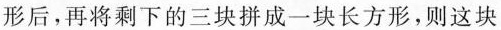
形后，再将剩下的三块拼成一块长方形，则这块